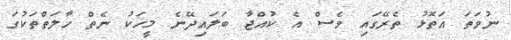
ނުވަތަ އަތޮޅު ތެރޭގައި ވެސް އެ ކުއްޖާ ބަލައިދޭނެ މީހަކު ނެތް ހާލަތްތަކުގަ